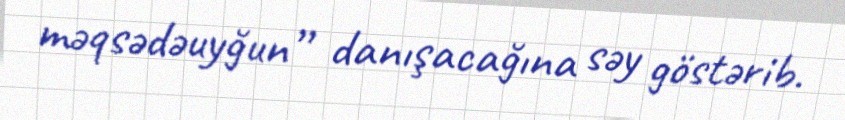
məqsədəuyğun” danışacağına səy göstərib.